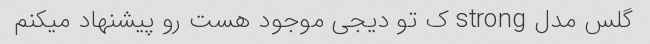
گلس مدل strong ک تو دیجی موجود هست رو پیشنهاد میکنم